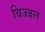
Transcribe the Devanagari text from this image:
विज्जल